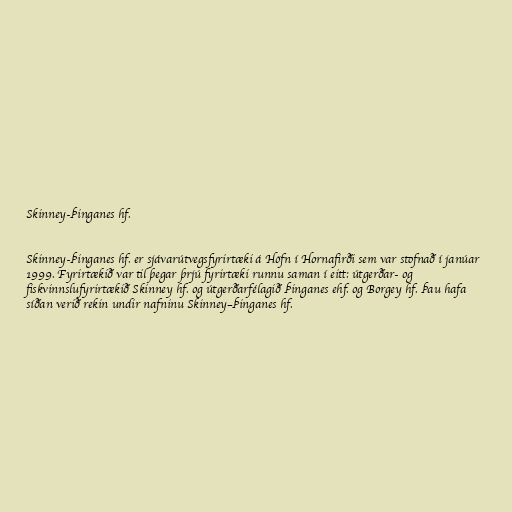
Skinney-Þinganes hf.

Skinney-Þinganes hf. er sjávarútvegsfyrirtæki á Höfn í Hornafirði sem var stofnað í janúar
1999. Fyrirtækið var til þegar þrjú fyrirtæki runnu saman í eitt: útgerðar- og
fiskvinnslufyrirtækið Skinney hf. og útgerðarfélagið Þinganes ehf. og Borgey hf. Þau hafa
síðan verið rekin undir nafninu Skinney–Þinganes hf.